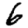
Digit: 6